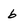
Character: 6